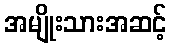
အမျိုးသားအဆင့်